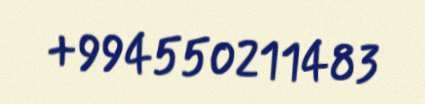
+994550211483